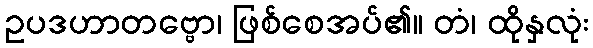
ဥပဒဟာတဗ္ဗော၊ ဖြစ်စေအပ်၏။ တံ၊ ထိုနှလုံး